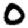
Digit: 0